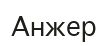
Анжер